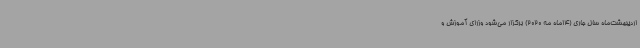
اردیبهشت‌ماه سال جاری (14ماه مه 2020) برگزار می‌شود وزرای آموزش ‌و